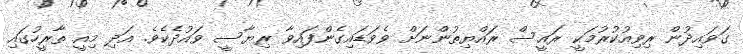
ގަވައިދުން ރިވިއުކުރުމަކީ ރައީސް ރައްޔިތުންނަށް ވެވަޑައިގެންފައިވާ ރިޔާސީ ވައުދެކެވެ. އަދި މިއީ ތާރީހުގައި